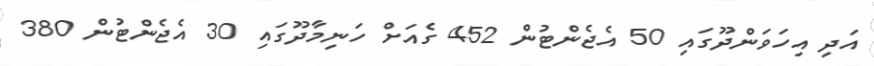
އަދި އިހަވަންދޫގައި 50 އެޖެންޓުން 452 ގެއަށް ހަނިމާދޫގައި 30 އެޖެންޓުން 380